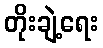
တိုးချဲ့ရေး